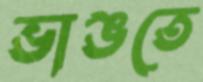
ভাঙতে